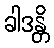
ခါဒန္တိ